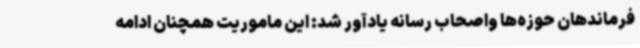
فرماندهان حوزه‌ها واصحاب رسانه یادآور شد: این ماموریت همچنان ادامه